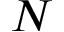
N